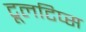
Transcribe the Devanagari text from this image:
टूलटिप्स